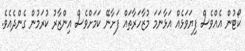
ކޯޓުން އެއްވެސް ފިޔަވަޅެއް އަޅާނަމަ މުޒާހަރާތައް ފަށާނޭ ކަމަށްވެސް އިންޒާރު ކުރަމުން ގެންދެއެވެ.